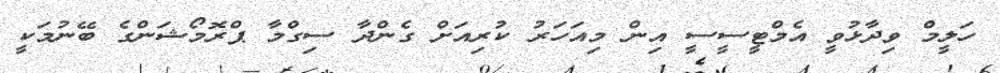
ހަލީމް ވިދާޅުވީ އެމްޓީސީސީ އިން މިއަހަރު ކުރިއަށް ގެންދާ ސިގްމާ ޕްރޮމޯޝަންގެ ބޭނުމަކީ